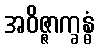
အဝိဇ္ဇာက္ခန္ဓံ